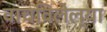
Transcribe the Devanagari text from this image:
वाचविलेल्या